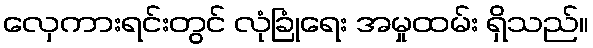
လှေကားရင်းတွင် လုံခြုံရေး အမှုထမ်း ရှိသည်။